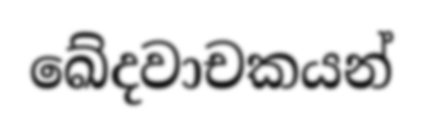
ඛේදවාචකයන්